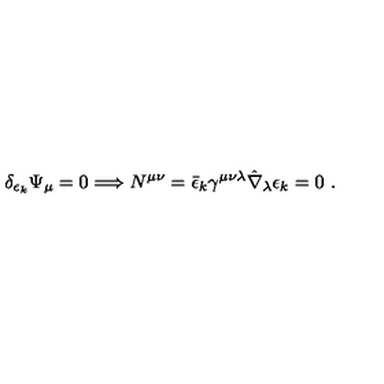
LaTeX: \delta _ { \epsilon _ { k } } \Psi _ { \mu } = 0 \Longrightarrow N ^ { \mu \nu } = \bar { \epsilon } _ { k } \gamma ^ { \mu \nu \lambda } \hat { \nabla } _ { \lambda } \epsilon _ { k } = 0 \ .